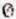
0